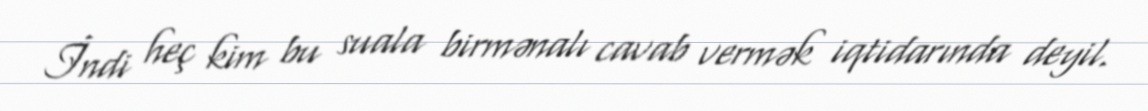
İndi heç kim bu suala birmənalı cavab vermək iqtidarında deyil.